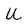
Character: U